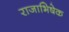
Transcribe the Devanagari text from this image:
राजाभिषेक